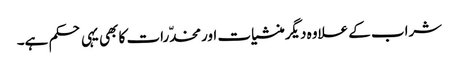
شراب کے علاوہ دیگرمنشیات اورمخدّرات کا بھی یہی حکم ہے۔